Plague in India, 1896, 1897 - Volume 2
Year: 1896
Disease focus: Plague
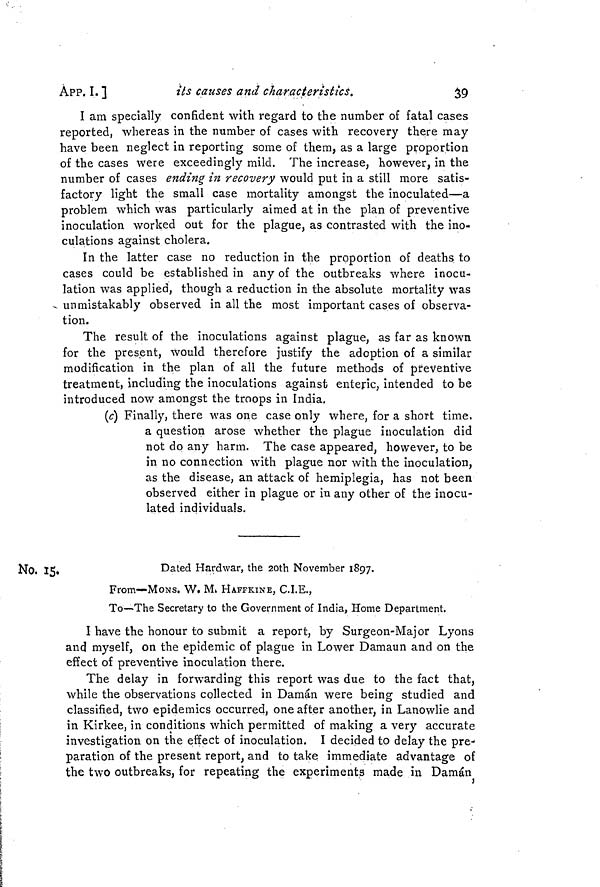
APP. I. ]
its causes and characteristics.
39
I am specially confident with regard to the number of fatal cases
reported, whereas in the number of cases with recovery there may
have been neglect in reporting some of them, as a large proportion
of the cases were exceedingly mild. The increase, however, in the
number of cases ending in recovery would put in a still more satis-
factory light the small case mortality amongst the inoculated—a
problem which was particularly aimed at in the plan of preventive
inoculation worked out for the plague, as contrasted with the ino-
culations against cholera.
In the latter case no reduction in the proportion of deaths to
cases could be established in any of the outbreaks where inocu-
lation was applied, though a reduction in the absolute mortality was
- unmistakably observed in all the most important cases of observa-
tion.
The result of the inoculations against plague, as far as known
for the present, would therefore justify the adoption of a similar
modification in the plan of all the future methods of preventive
treatment, including the inoculations against enteric, intended to be
introduced now amongst the troops in India.
(c) Finally, there was one case only where, for a short time.
a question arose whether the plague inoculation did
not do any harm. The case appeared, however, to be
in no connection with plague nor with the inoculation,
as the disease, an attack of hemiplegia, has not been
observed either in plague or in any other of the inocu-
lated individuals.
No. 15.
Dated Hardwar, the 20th November 1897.
From—MONS. W. M. HAFFKINE, d.E.,
To—The Secretary to the Government of India, Home Department.
I have the honour to submit a report, by Surgeon-Major Lyons
and myself, on the epidemic of plague in Lower Damaun and on the
effect of preventive inoculation there.
The delay in forwarding this report was due to the fact that,
while the observations collected in Daman were being studied and
classified, two epidemics occurred, one after another, in Lanowlie and
in Kirkee, in conditions which permitted of making a very accurate
investigation on the effect of inoculation. I decided to delay the pre-
paration of the present report, and to take immediate advantage of
the two outbreaks, for repeating the experiments made in Daman